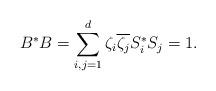
LaTeX: \begin{align*}B^* B = \sum_{i,j = 1}^d \zeta_i \overline{\zeta_j} S_i^* S_j = 1.\end{align*}